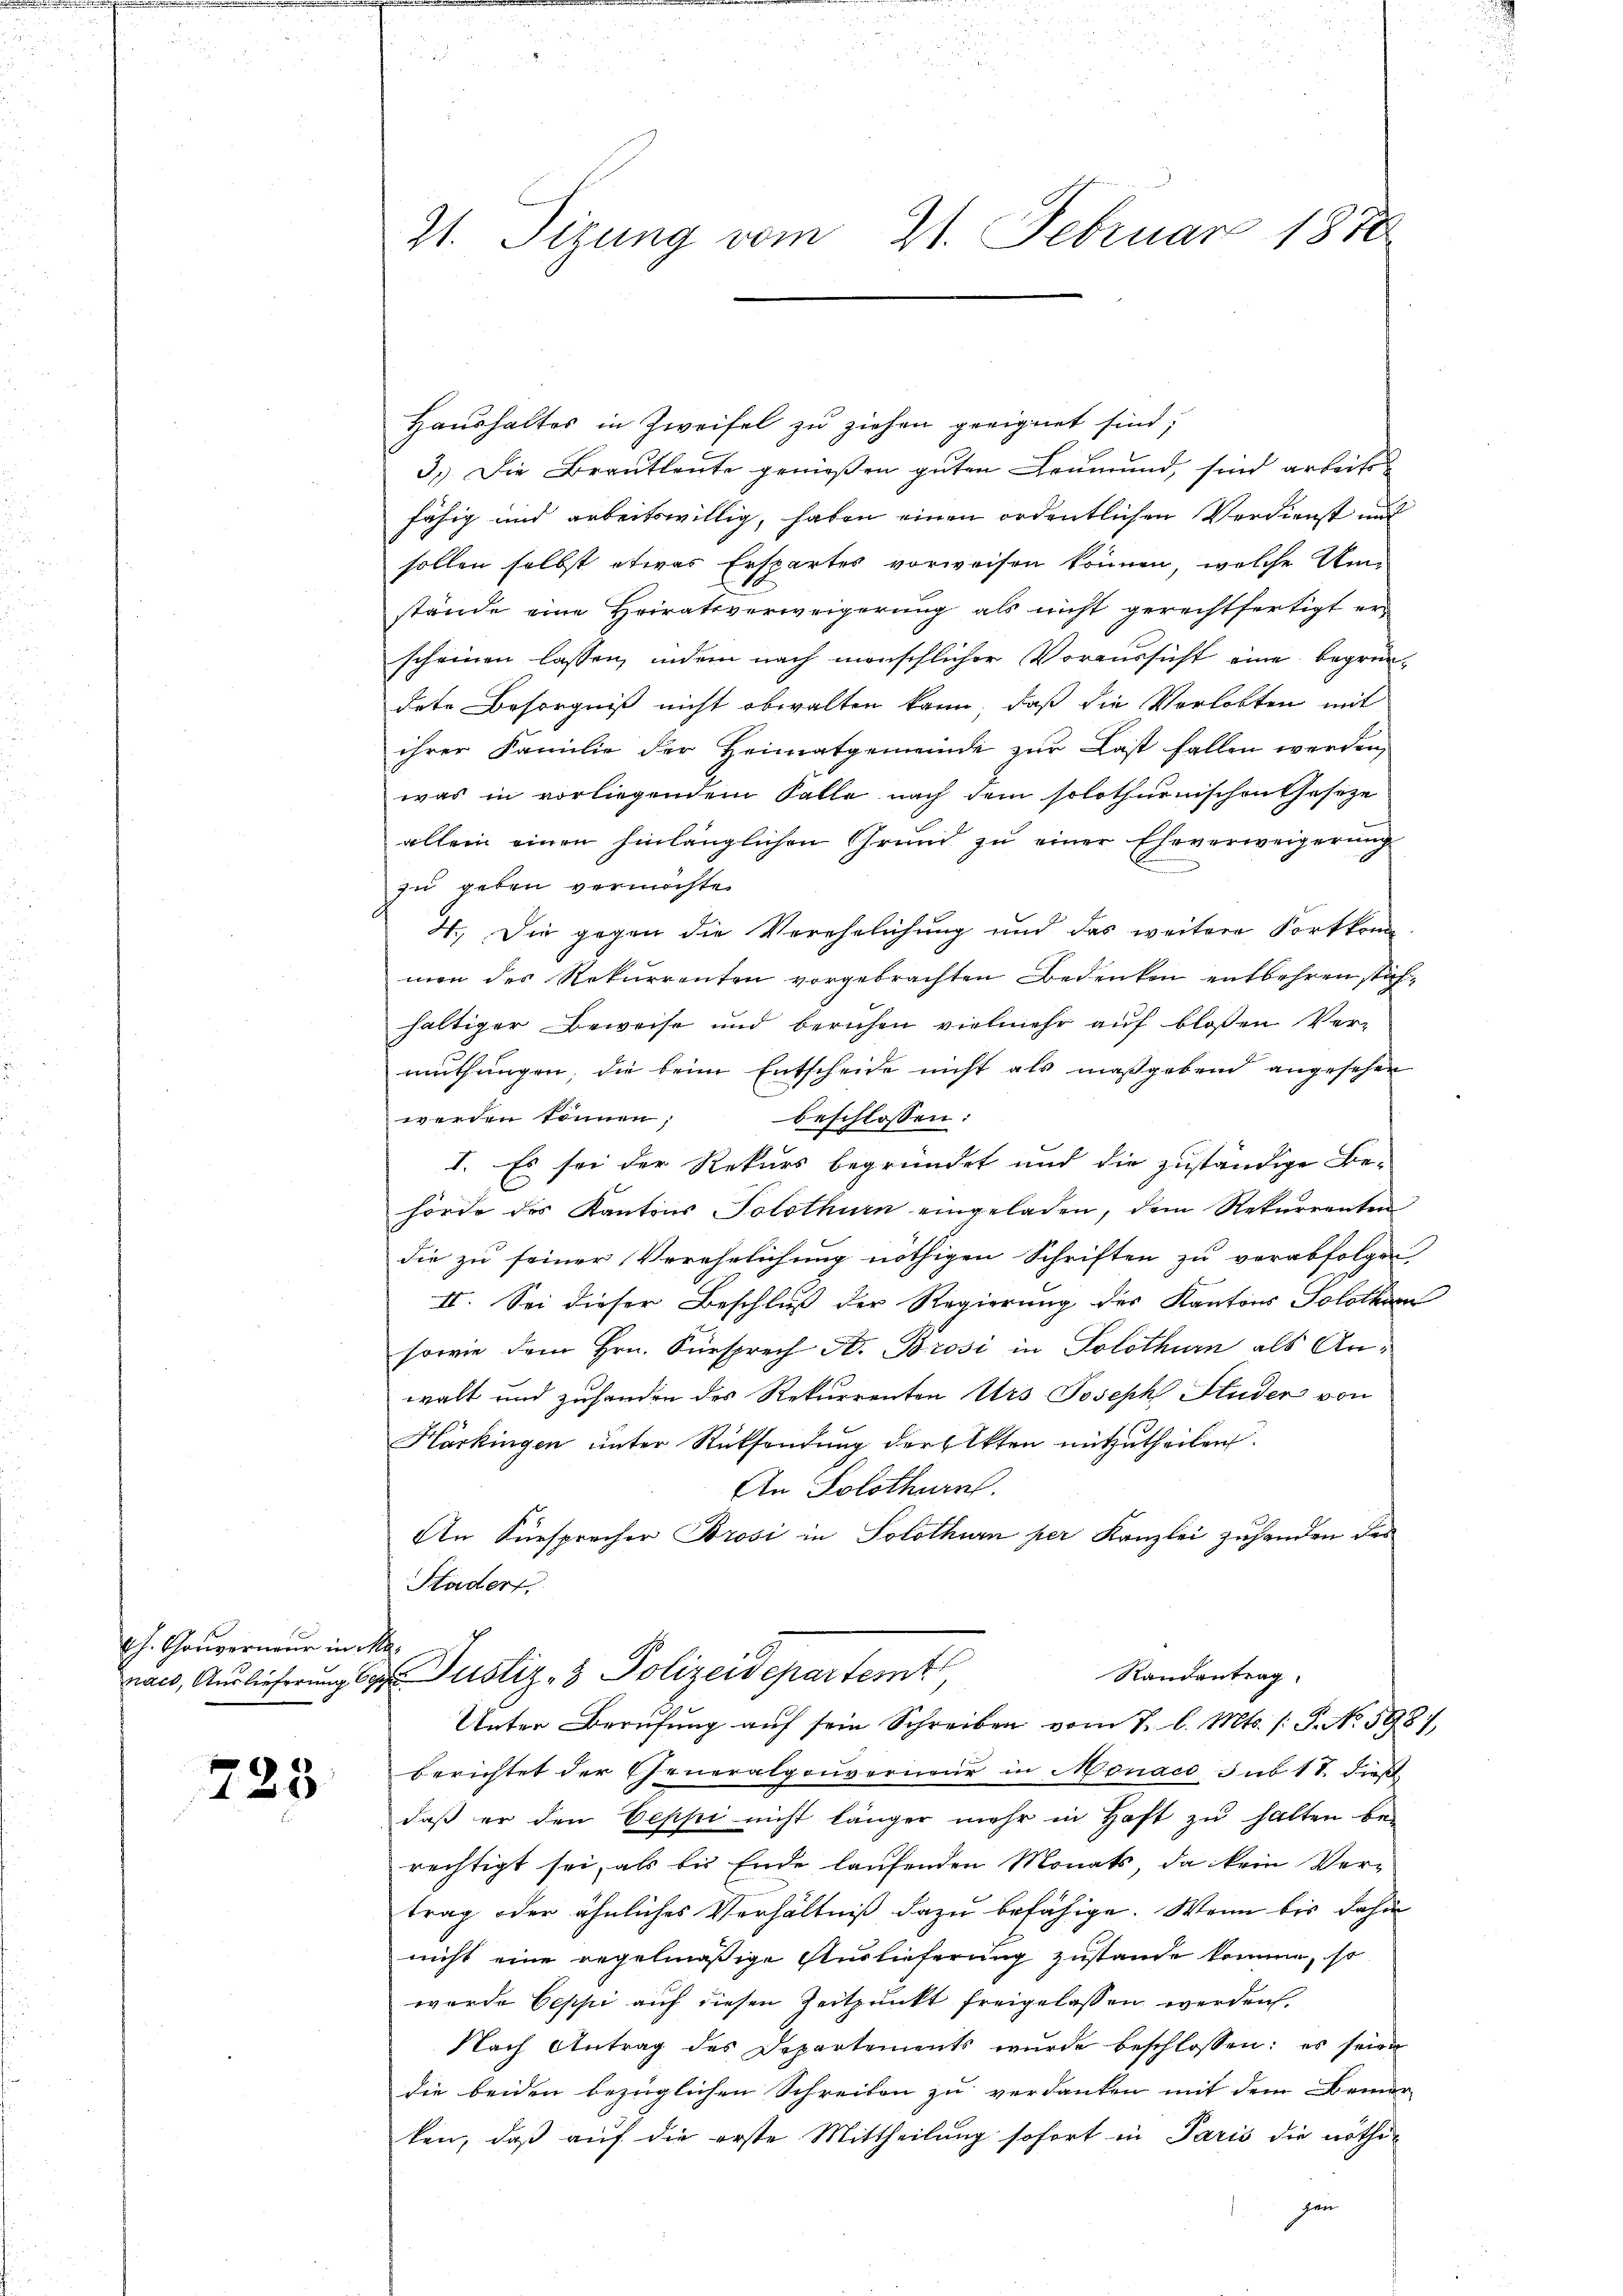
ch. Gouverneur in
nach, Auslieferung C.

733

21. Sizung vom 21. Februar 1870

Haushaltes in Zweifel zu ziehen geeignet sind,
3.) Die Brautleute genießen guten Leumund, sind arbeits
fähig und arbeitswillig, haben einen ordentlichen Verdienst und
sollen selbst etwas Erspartes vorweisen können, welche Um-
stände eine Heiratsverweigerung als nicht gerechtfertigt er
scheinen lassen, indem nach menschlicher Voraussicht eine begrün-
dete Besorgniß nicht obwalten kann, daß die Verlobten mit
ihrer Familie der Heimatgemeinde zur Last fallen werden,
was in vorliegendem Falle nach dem solothurnischontheseze
allein einen hinlänglichen Grund zŭ einer Eheverweigerŭng
zu geben vermöchte.
4.) Die gegen die Verehelichung und das weitere Fortkom-
men des Rekurrenten vorgebrachten Bedenken entbehren stähhaltiger Beweise und beruhen vielmehr aŭf bloßen Ver-
muthungen, die beim Entscheide nicht als maßgebend angesehen
werden tennen,
beschlossen:
I. Es sei der Rekurs begründet und die zuständige Be-
hörde des Kantons Solothurn eingeladen, dem Rekurrenten
die zu seiner Verehelichung nöthigen Schriften zu verabfolgen
II. Sei dieser Beschluß der Regierung des Kantons Solothurn
sowie dem Hrn. Fürsprech A. Brosi in Solothurn als Anwalt und zuhanden des Rekurrenten Urs Joseph Huder von
Härkingen unter Rücksendung der Elkten mitzutheilen.
An Solothurn.
An Fürsprecher Brosi in Solothurn per Kanzlei zuhanden des
Hader
.
 Justiz- & Polizeidepartemt
Randantrag
Unter Berufung aŭf sein Schreiben vom 7. l. Mts. /: P. No. 5981,
berichtet der Generalgouverneur in Monace sub 18. dieß
daβ er den Seppi nicht länger mehr in Haft zŭ halten be-
rechtigt sei, als bis Ende laufenden Monats, da kein Vertrag oder ähnliches Verhältniß dazu befähige. Wenn bis dahin
nicht eine regelmäßige Auslieferung zustande können, so
wurde Oeppi auf diesen Zeitpunkt freigelassen werden.
Nach Antrag des Departements wurde beschlossen: es seine
die beiden bezüglichen Schreiben zu verdanken mit dem Bemer-
ken, daß auf die erste Mittheilung sofort in Paris die nöthizen